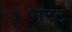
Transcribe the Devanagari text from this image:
भरट